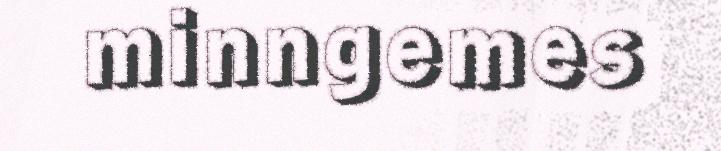
minngemes